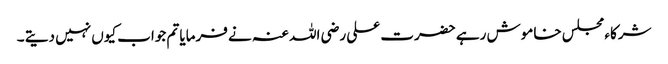
شرکاء مجلس خاموش رہے حضرت علی رضی اللہ عنہ نے فرمایا تم جواب کیوں نہیں دیتے ۔